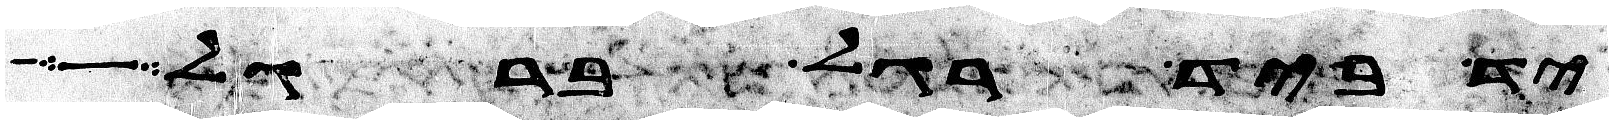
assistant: ביד רגל ברגל